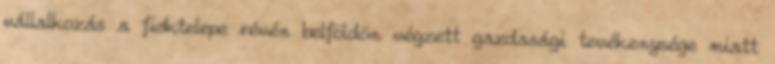
vállalkozás a fióktelepe révén belföldön végzett gazdasági tevékenysége miatt